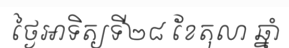
ថ្ងៃអាទិត្យទី២៨ ខែតុលា ឆ្នាំ